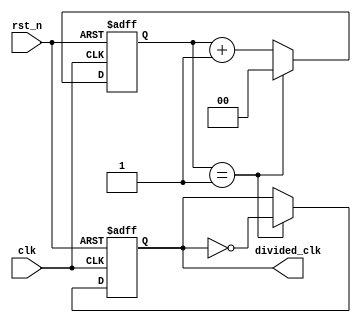
module Johnson_counter_clock_divider (
    input wire clk,
    input wire rst_n,
    output wire divided_clk
);

// Parameters
parameter DIVISION_FACTOR = 2;

// Variables
reg [1:0] counter;
reg divided_clk_sync;

always @ (posedge clk or negedge rst_n) begin
    if (!rst_n) begin
        counter <= 2'b00;
        divided_clk_sync <= 1'b0;
    end else begin
        if (counter == DIVISION_FACTOR - 1) begin
            counter <= 2'b00;
            divided_clk_sync <= ~divided_clk_sync;
        end else begin
            counter <= counter + 1;
        end
    end
end

assign divided_clk = divided_clk_sync;

endmodule